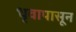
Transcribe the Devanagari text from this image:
धृवापासून